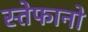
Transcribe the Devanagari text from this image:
स्तेफानो